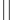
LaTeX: _{||}